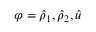
\varphi = \hat { \rho } _ { 1 } , \hat { \rho } _ { 2 } , \hat { u }